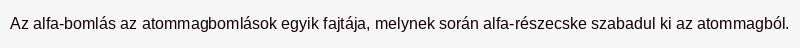
Az alfa-bomlás az atommagbomlások egyik fajtája, melynek során alfa-részecske szabadul ki az atommagból.